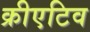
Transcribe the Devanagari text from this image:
क्रीएटिव